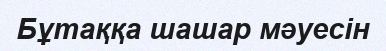
Бұтаққа шашар мәуесін